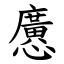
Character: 懬